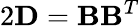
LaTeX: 2{\mathbf D}={\mathbf B}{\mathbf B}^{T}